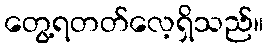
တွေ့ရတတ်လေ့ရှိသည်။